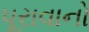
પૂરાવાનો